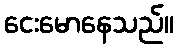
ငေးမောနေသည်။